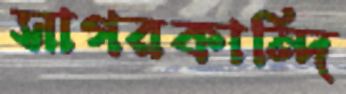
সাগরকান্দি